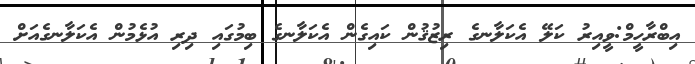
އިބްރާހީމް:ވީއިރު ކަލޭ އެކަލާނގެ ރިޒުޤުން ކައިގެން އެކަލާނގެ ބިމުގައި ދިރި އުޅެމުން އެކަލާނގެއަށް